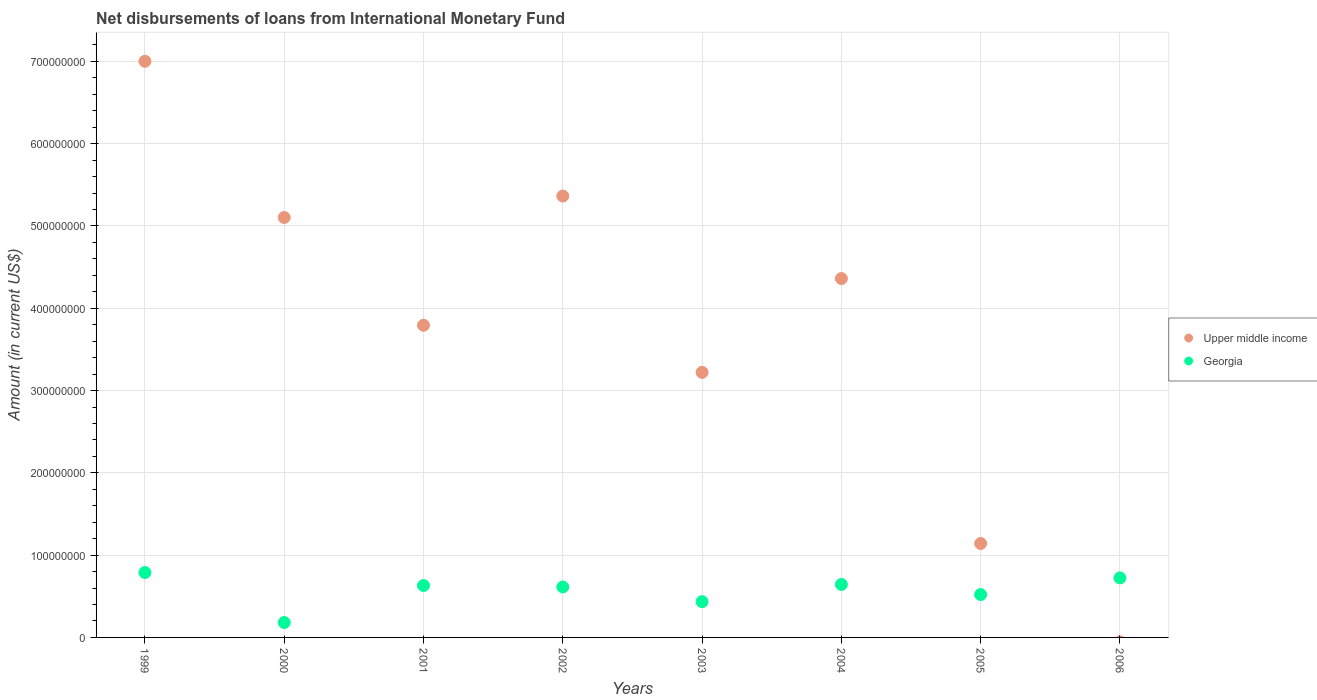
| Years | Upper middle income | Georgia |
 | --- | --- | --- |
 | 1999 | 7e+08 | 7.88e+07 |
 | 2000 | 5.1e+08 | 1.81e+07 |
 | 2001 | 3.79e+08 | 6.31e+07 |
 | 2002 | 5.36e+08 | 6.13e+07 |
 | 2003 | 3.22e+08 | 4.35e+07 |
 | 2004 | 4.36e+08 | 6.44e+07 |
 | 2005 | 1.14e+08 | 5.21e+07 |
 | 2006 | -5.44e+06 | 7.23e+07 |